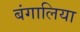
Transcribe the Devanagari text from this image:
बंगालिया